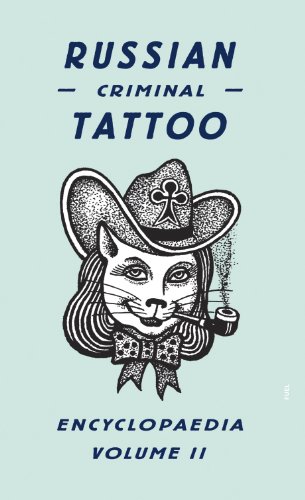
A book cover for Russian Criminal Tattoo Encyclopaedia Volume II; Danzig Baldaev; Arts & Photography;